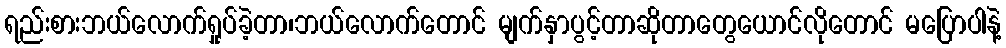
ရည်းစားဘယ်လောက်ရှုပ်ခဲ့တာ၊ဘယ်လောက်တောင် မျက်နှာပွင့်တာဆိုတာတွေယောင်လိုတောင် မပြောပါနဲ့